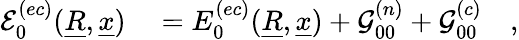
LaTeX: \begin{array}{rl}{\mathcal{E}_{0}^{(ec)}(\underline{{R}},\underline{{x}})}&{{}=E_{0}^{(ec)}(\underline{{R}},\underline{{x}})+\mathcal{G}_{00}^{(n)}+\mathcal{G}_{00}^{(c)}\quad,}\end{array}